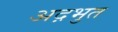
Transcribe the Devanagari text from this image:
अद़भुत